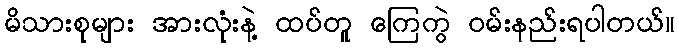
မိသားစုများ အားလုံးနဲ့ ထပ်တူ ကြေကွဲ ဝမ်းနည်းရပါတယ်။